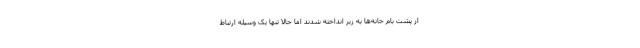
از پشت بام خانه‌ها به زیر انداخته شدند اما حالا تنها یک وسیله ارتباط